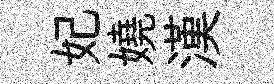
妃嬈漢